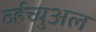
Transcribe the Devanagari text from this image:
र्व्हच्युअल